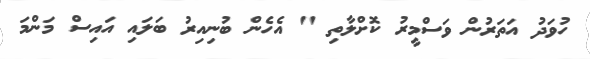
ހުވަދު އަތަރުން ވަސްމީރު ކޮށްލާތި " އެހެން ބުނިއިރު ބަލައި އައިސް މަންމަ